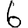
Digit: 6